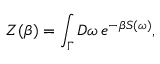
Z ( \beta ) = \int _ { \Gamma } { \cal D } \omega \, e ^ { - \beta S ( \omega ) } ,